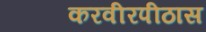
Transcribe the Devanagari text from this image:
करवीरपीठास